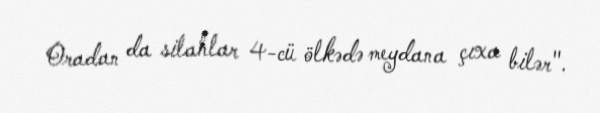
Oradan da silahlar 4-cü ölkədə meydana çıxa bilər".